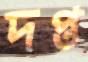
দপ্ত